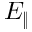
E _ { \| }